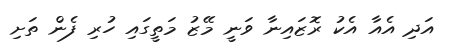
އަދި އެއާ އެކު ރޮޒައިނާ ވަނީ މޭޒު މަތީގައި ހުރި ފެން ތަށި